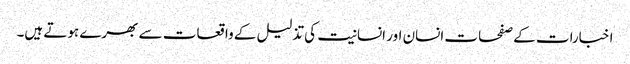
اخبارات کے صفحات انسان اور انسانیت کی تذلیل کے واقعات سے بھرے ہوتے ہیں۔